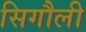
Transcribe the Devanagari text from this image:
सिगौली